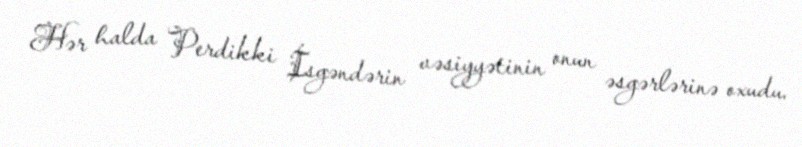
Hər halda Perdikki İsgəndərin vəsiyyətinin onun əsgərlərinə oxudu.